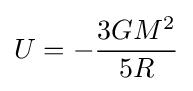
U=-{\frac {3GM^{2}}{5R}}